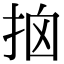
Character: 𢫥